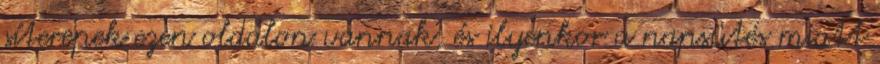
síterepek ezen oldalon vannak, és ilyenkor a napsütés miatt